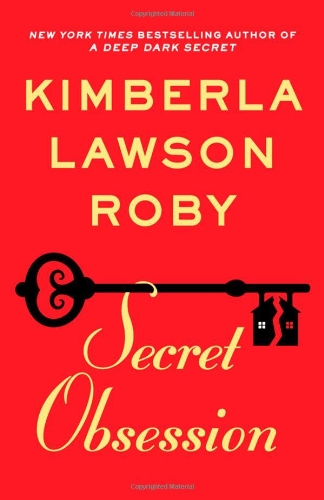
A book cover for Secret Obsession; Kimberla Lawson Roby; Literature & Fiction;